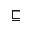
\sqsubseteq